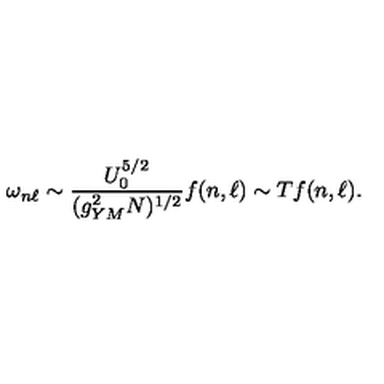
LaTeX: \omega _ { n \ell } \sim { \frac { U _ { 0 } ^ { 5 / 2 } } { ( g _ { Y M } ^ { 2 } N ) ^ { 1 / 2 } } } f ( n , \ell ) \sim T f ( n , \ell ) .